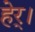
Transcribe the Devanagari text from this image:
हेर्।